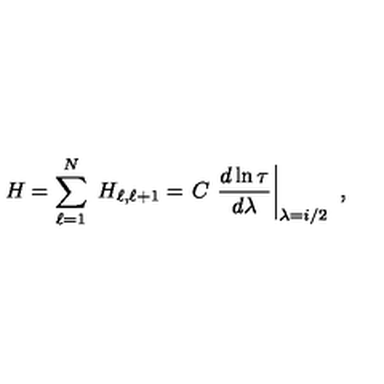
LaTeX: H = \sum _ { \ell = 1 } ^ { N } \ H _ { \ell , \ell + 1 } = \left. C \ \frac { d \ln \tau } { d \lambda } \right| _ { \lambda = i / 2 } \ ,